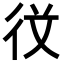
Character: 𭛣